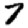
Digit: 7